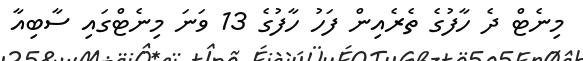
މިނެޓް ދެ ހާފުގެ ތެރެއިން ފަހު ހާފުގެ 13 ވަނަ މިނެޓްގައި ސާބިއާ